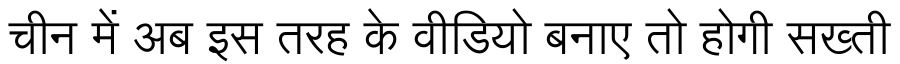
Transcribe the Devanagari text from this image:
चीन में अब इस तरह के वीडियो बनाए तो होगी सख्ती